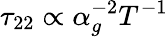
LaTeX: \tau_{22}\propto\alpha_{g}^{-2}T^{-1}